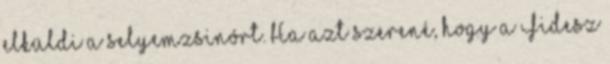
elküldi a selyemzsinórt. Ha azt szerené, hogy a Fidesz